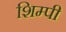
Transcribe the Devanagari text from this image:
शिम्पी